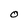
Character: O